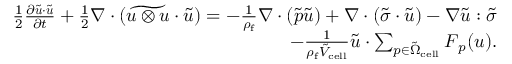
\begin{array} { r } { \frac { 1 } { 2 } \frac { \partial \tilde { \boldsymbol { u } } \cdot \tilde { \boldsymbol { u } } } { \partial t } + \frac { 1 } { 2 } \nabla \cdot ( \widetilde { \boldsymbol { u } \otimes \boldsymbol { u } } \cdot \tilde { \boldsymbol { u } } ) = - \frac { 1 } { \rho _ { \mathrm { f } } } \nabla \cdot ( \widetilde { p } \tilde { \boldsymbol { u } } ) + \nabla \cdot ( \widetilde { \boldsymbol { \sigma } } \cdot \tilde { \boldsymbol { u } } ) - \nabla \tilde { \boldsymbol { u } } : \widetilde { \boldsymbol { \sigma } } } \\ { - \frac { 1 } { \rho _ { \mathrm { f } } \tilde { V } _ { \mathrm { c e l l } } } \tilde { \boldsymbol { u } } \cdot \sum _ { p \in \tilde { \Omega } _ { \mathrm { c e l l } } } \boldsymbol { F } _ { p } ( \boldsymbol { u } ) . } \end{array}